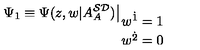
\Psi _ { 1 } \equiv \Psi ( z , w | A _ { A } ^ { { \cal S D } } ) \big | _ { \displaystyle { w ^ { { \dot { 1 } } } = 1 \atop w ^ { { \dot { 2 } } } = 0 } }